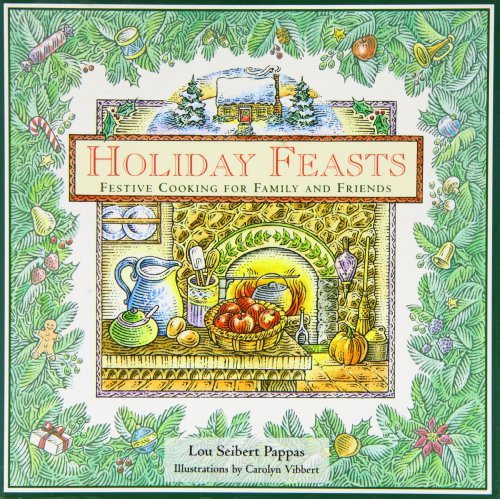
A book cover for Holiday Feasts: Festive Cooking for Family and Friends (Artful Kitchen); Lou Seibert Pappas; Cookbooks, Food & Wine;